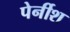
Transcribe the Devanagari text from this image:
पेर्नीश